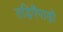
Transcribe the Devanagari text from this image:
तड़िगैपाड़ी